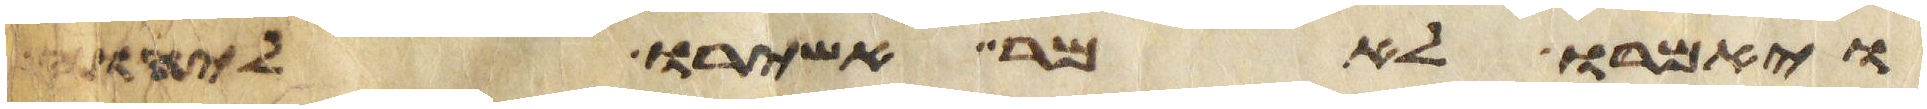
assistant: ויאמרו לאמר אשירו ליהוה